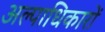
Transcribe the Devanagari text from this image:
अल्पाधिकारों